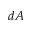
d A